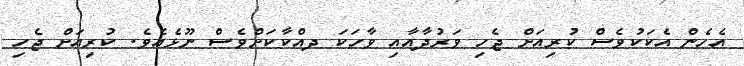
އެހެން އެކަކުވެސް ކުރިއަށް ޖެހި ވަރުދާއާއި ވާހަކަ ދއްކާކަށްވެސް ނޫޅެއެވެ. ކުރިއަށް ޖެހި